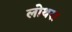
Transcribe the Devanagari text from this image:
लोथरा